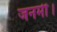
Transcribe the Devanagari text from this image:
जनमी।